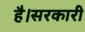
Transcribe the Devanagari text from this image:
है।सरकारी